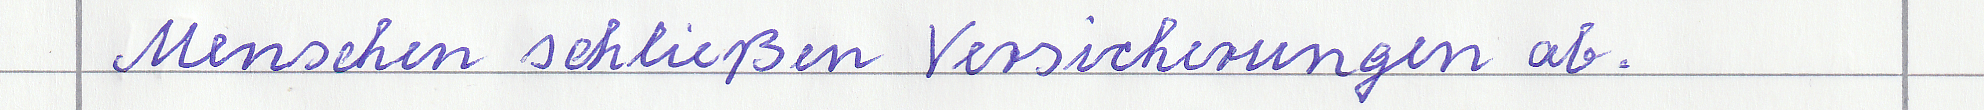
Menschen schließen Versicherungen ab.